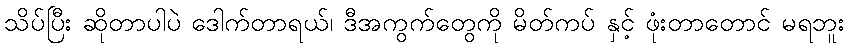
သိပ်ပြီး ဆိုတာပါပဲ ဒေါက်တာရယ်၊ ဒီအကွက်တွေကို မိတ်ကပ် နှင့် ဖုံးတာတောင် မရဘူး